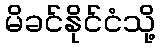
မိခင်နိုင်ငံသို့